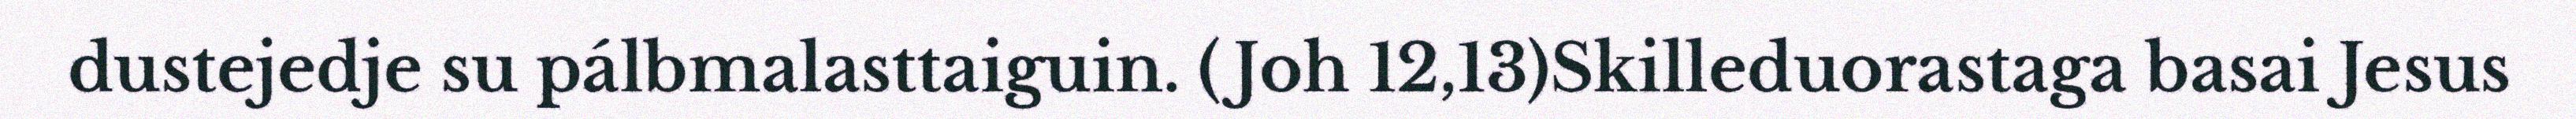
dustejedje su pálbmalasttaiguin. (Joh 12,13)Skilleduorastaga basai Jesus